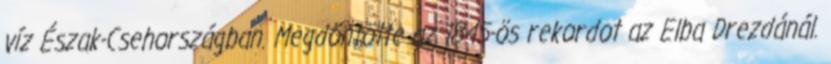
víz Észak-Csehországban. Megdöntötte az 1845-ös rekordot az Elba Drezdánál.